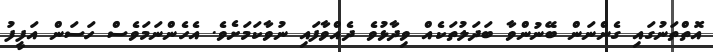
އޮތްތަނުގައި ގެންނަން ބޭނުންވާ ބަދަލުތަކެއް ވިދާޅުވެ ދެއްވާފައި ނުވާކަމަށެވެ. އެހެންނަމަވެސް ހަސަަން އަފީފު